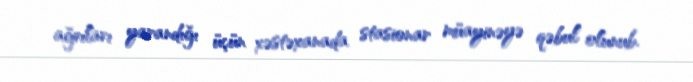
ağrıları yarandığı üçün xəstəxanada stasionar müayinəyə qəbul olunub.